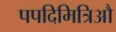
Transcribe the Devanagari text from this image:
पपदिमित्रिऔ